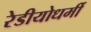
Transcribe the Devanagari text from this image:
रेडीयोधर्मी